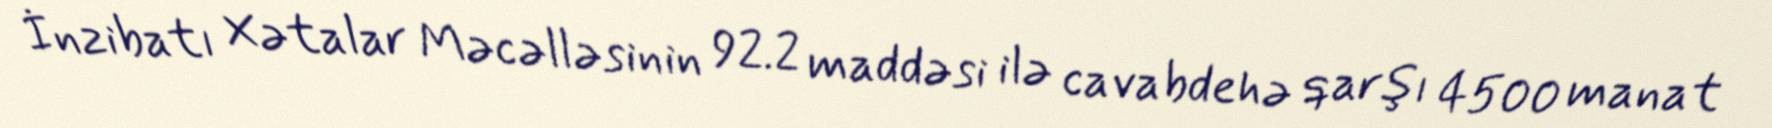
İnzibatı Xətalar Məcəlləsinin 92.2 maddəsi ilə cavabdehə qarşı 4500 manat